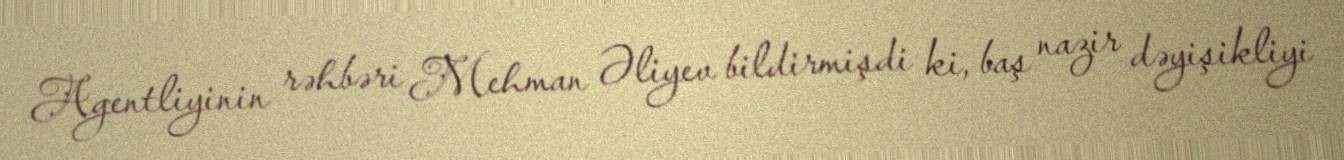
Agentliyinin rəhbəri Mehman Əliyev bildirmişdi ki, baş nazir dəyişikliyi